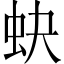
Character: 蚗